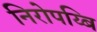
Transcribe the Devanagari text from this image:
निरोपय्बि